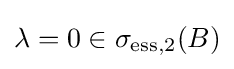
\lambda =0\in \sigma _{\mathrm {ess} ,2}(B)